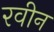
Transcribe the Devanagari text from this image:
रवीन